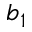
b _ { 1 }